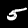
Label: 5